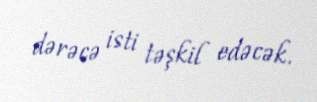
dərəcə isti təşkil edəcək.